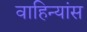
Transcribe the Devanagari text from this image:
वाहिन्यांस